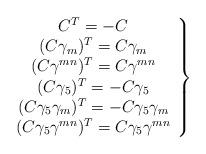
LaTeX: \begin{align*} \left.\begin{array}{c} C^T=-C\\ (C\gamma_m)^T=C\gamma_m\\ (C\gamma^{mn})^T=C\gamma^{mn}\\ (C\gamma_5)^T=-C\gamma_5\\ (C\gamma_5\gamma_m)^T=-C\gamma_5\gamma_m\\ (C\gamma_5\gamma^{mn})^T=C\gamma_5\gamma^{mn} \end{array}\right\}\end{align*}